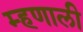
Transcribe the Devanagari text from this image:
म्‍हणाली